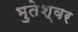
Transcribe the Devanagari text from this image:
भुतेश्वर